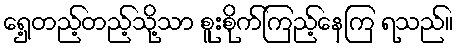
ရှေ့တည့်တည့်သို့သာ စူးစိုက်ကြည့်နေကြ ရသည်။